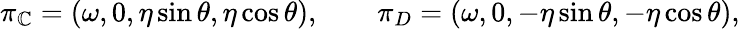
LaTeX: \pi_{\mathbb{C}}=(\omega,0,\eta\sin\theta,\eta\cos\theta),\qquad\pi_{D}=(\omega,0,-\eta\sin\theta,-\eta\cos\theta),